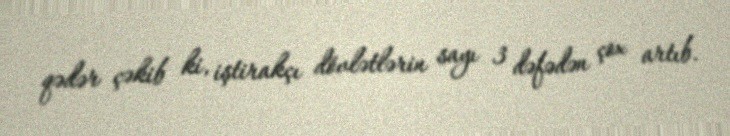
qədər çəkib ki, iştirakçı dövlətlərin sayı 3 dəfədən çox artıb.